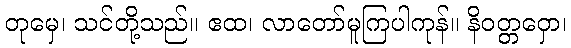
တုမှေ၊ သင်တို့သည်။ ဧထ၊ လာတော်မူကြပါကုန်။ နိဝတ္တဝှော၊